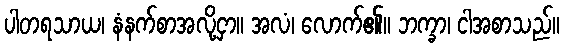
ပါတရသာယ၊ နံနက်စာအလို့ငှာ။ အလံ၊ လောက်၏။ ဘက္ခာ၊ ငါအစာသည်။